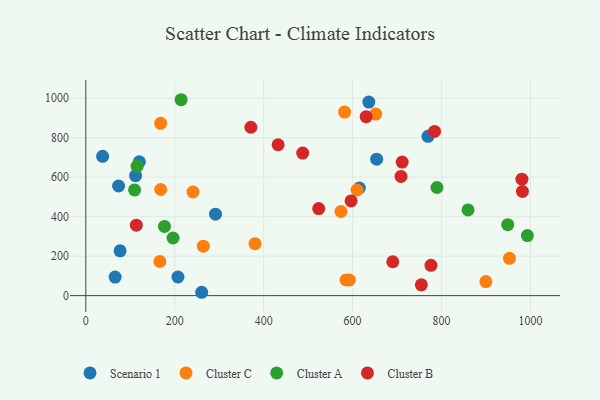
{"axis": {"x": "Investment", "y": "Demand"}, "legend": ["Cluster A", "Cluster B", "Cluster C", "Scenario 1"], "data": [{"x": "769.5", "y": 806.9, "type": "Scenario 1"}, {"x": "111.9", "y": 607.5, "type": "Scenario 1"}, {"x": "37.8", "y": 705.8, "type": "Scenario 1"}, {"x": "291.7", "y": 412.9, "type": "Scenario 1"}, {"x": "120.4", "y": 678.4, "type": "Scenario 1"}, {"x": "615.2", "y": 545.2, "type": "Scenario 1"}, {"x": "65.9", "y": 93.7, "type": "Scenario 1"}, {"x": "77.1", "y": 227.1, "type": "Scenario 1"}, {"x": "636.5", "y": 980.9, "type": "Scenario 1"}, {"x": "260.6", "y": 16.9, "type": "Scenario 1"}, {"x": "73.7", "y": 555.3, "type": "Scenario 1"}, {"x": "207.2", "y": 94.4, "type": "Scenario 1"}, {"x": "654.1", "y": 691.3, "type": "Scenario 1"}, {"x": "899.8", "y": 70.9, "type": "Cluster C"}, {"x": "168.4", "y": 537.6, "type": "Cluster C"}, {"x": "610.0", "y": 535.1, "type": "Cluster C"}, {"x": "166.5", "y": 172.8, "type": "Cluster C"}, {"x": "264.3", "y": 250.6, "type": "Cluster C"}, {"x": "652.0", "y": 919.7, "type": "Cluster C"}, {"x": "241.0", "y": 524.9, "type": "Cluster C"}, {"x": "952.8", "y": 189.1, "type": "Cluster C"}, {"x": "573.8", "y": 426.2, "type": "Cluster C"}, {"x": "582.0", "y": 930.1, "type": "Cluster C"}, {"x": "168.2", "y": 873.1, "type": "Cluster C"}, {"x": "380.5", "y": 263.0, "type": "Cluster C"}, {"x": "592.9", "y": 79.1, "type": "Cluster C"}, {"x": "585.3", "y": 79.1, "type": "Cluster C"}, {"x": "214.4", "y": 992.6, "type": "Cluster A"}, {"x": "789.7", "y": 547.7, "type": "Cluster A"}, {"x": "993.1", "y": 304.4, "type": "Cluster A"}, {"x": "176.9", "y": 350.4, "type": "Cluster A"}, {"x": "196.2", "y": 292.0, "type": "Cluster A"}, {"x": "948.9", "y": 359.4, "type": "Cluster A"}, {"x": "109.7", "y": 535.7, "type": "Cluster A"}, {"x": "859.7", "y": 434.2, "type": "Cluster A"}, {"x": "115.4", "y": 655.9, "type": "Cluster A"}, {"x": "784.3", "y": 831.9, "type": "Cluster B"}, {"x": "708.9", "y": 603.7, "type": "Cluster B"}, {"x": "630.5", "y": 906.9, "type": "Cluster B"}, {"x": "690.4", "y": 171.6, "type": "Cluster B"}, {"x": "487.8", "y": 722.2, "type": "Cluster B"}, {"x": "113.6", "y": 357.1, "type": "Cluster B"}, {"x": "980.8", "y": 590.2, "type": "Cluster B"}, {"x": "432.5", "y": 764.5, "type": "Cluster B"}, {"x": "523.8", "y": 440.8, "type": "Cluster B"}, {"x": "596.6", "y": 480.0, "type": "Cluster B"}, {"x": "754.6", "y": 54.6, "type": "Cluster B"}, {"x": "371.2", "y": 853.2, "type": "Cluster B"}, {"x": "776.2", "y": 153.5, "type": "Cluster B"}, {"x": "711.5", "y": 676.7, "type": "Cluster B"}, {"x": "982.0", "y": 527.8, "type": "Cluster B"}]}